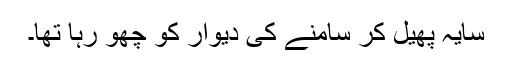
سایہ پھیل کر سامنے کی دیوار کو چھو رہا تھا۔